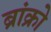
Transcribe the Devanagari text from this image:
ब्रांक्रो